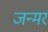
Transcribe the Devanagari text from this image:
जन्मर